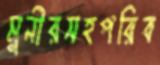
মুনীরসহপরিব